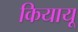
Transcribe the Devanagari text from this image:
कियायू